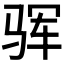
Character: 𩧰